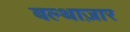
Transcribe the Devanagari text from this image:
बल्थाज़ार